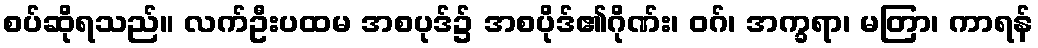
စပ်ဆိုရသည်။ လက်ဦးပထမ အစပုဒ်၌ အစပိုဒ်၏ဂိုဏ်း၊ ဝဂ်၊ အက္ခရာ၊ မတြာ၊ ကာရန်